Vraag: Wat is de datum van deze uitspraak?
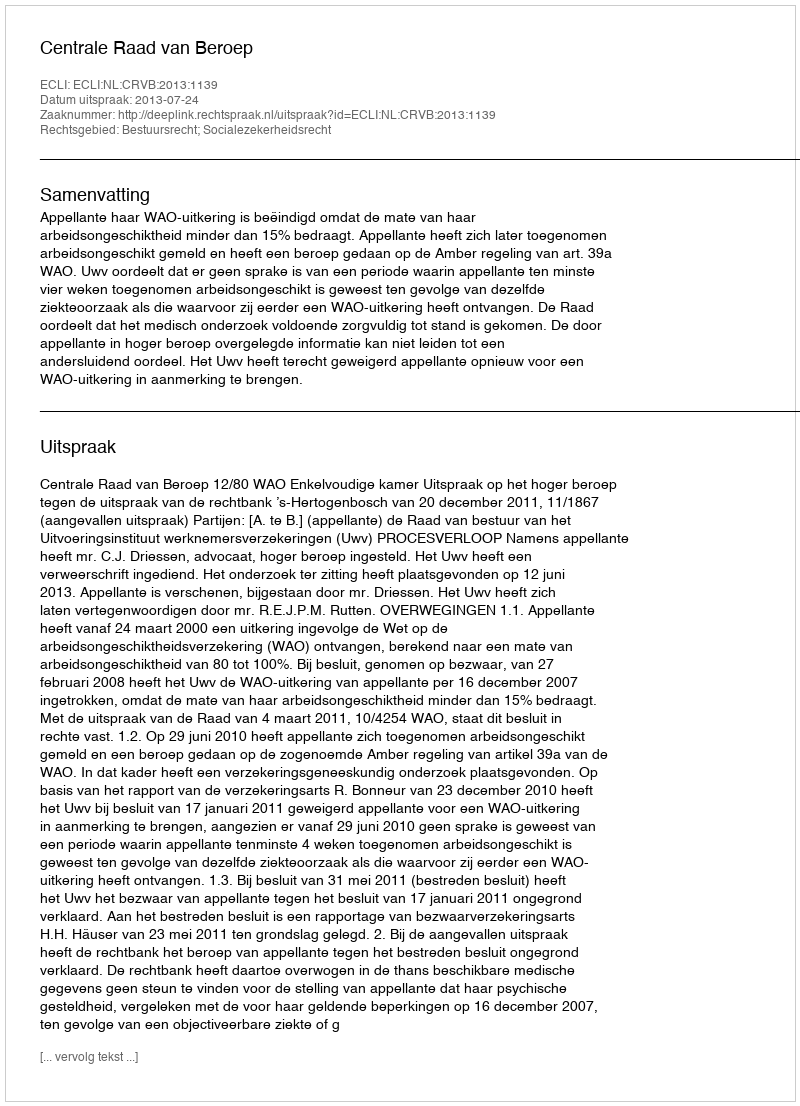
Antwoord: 2013-07-24